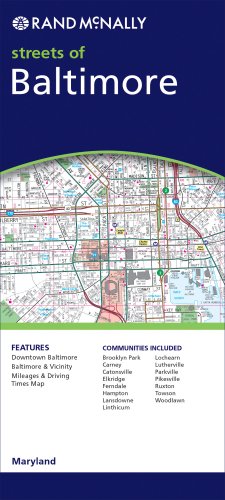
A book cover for Baltimore (Rand McNally Folded Map: Cities); Rand McNally and Company; Travel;